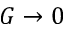
G \rightarrow 0